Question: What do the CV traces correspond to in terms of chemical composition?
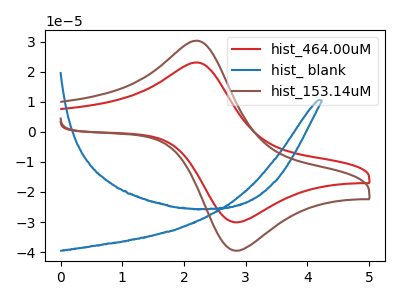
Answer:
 <answer>The red curve is labeled "hist_464.00uM". The blue curve is labeled "hist_ blank". The brown curve is labeled "hist_153.14uM".</answer>
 <eval></eval>